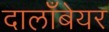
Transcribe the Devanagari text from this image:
दालाँबेयर